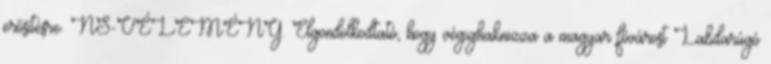
erősítésre. NS-VÉLEMÉNY. Elgondolkodtató, hogy végighaknizza a magyar fővárost Labdarúgó